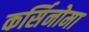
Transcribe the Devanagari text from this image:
कर्सिनोमा